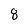
Character: 8